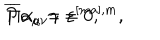
\overline { { { P } } } \alpha _ { \mu \nu } \gamma = 0 , \hspace { 0 . 5 i n } \Pi \alpha _ { a } = \varepsilon ^ { [ m a ] , m } ,